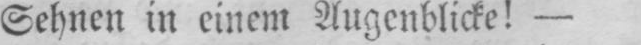
Sehnen in einem Augenblicke! -